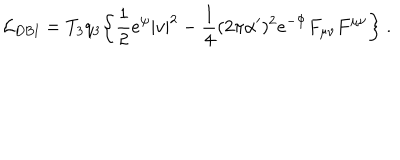
{ \cal L } _ { \mathrm { D B I } } = T _ { 3 } q _ { 3 } \biggl \{ \frac { 1 } { 2 } e ^ { \psi } { | v | ^ { 2 } } - \frac { 1 } { 4 } ( 2 \pi \alpha ^ { \prime } ) ^ { 2 } e ^ { - \Phi } { F _ { \mu \nu } F ^ { \mu \nu } \biggr \} \ . }